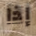
إذا